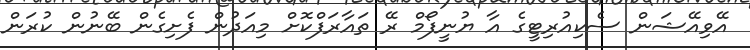
އޭވިއޭޝަން ސެކިއުރިޓީގެ އާ ޔުނީފޯމް ރޭ ތައާރަފްކޮށް މިއަދުން ފެށިގެން ބޭނުން ކުރަން